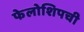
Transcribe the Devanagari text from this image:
फेलोशिपची